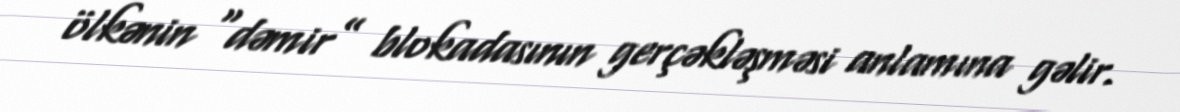
ölkənin “dəmir” blokadasının gerçəkləşməsi anlamına gəlir.